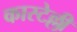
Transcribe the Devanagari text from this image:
कास्टेल्ली